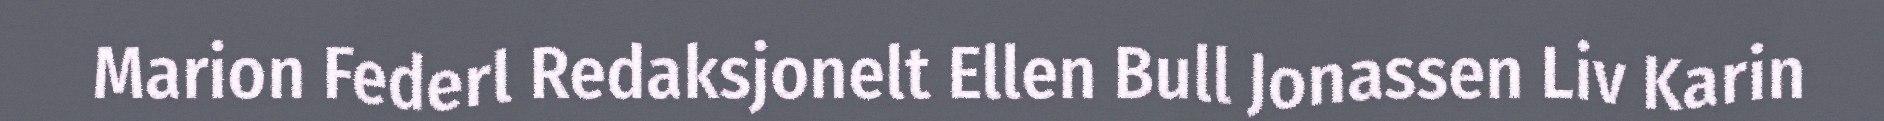
Marion Federl Redaksjonelt Ellen Bull Jonassen Liv Karin